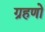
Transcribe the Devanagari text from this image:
ग्रहणो